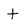
Character: t